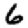
Digit: 6